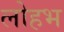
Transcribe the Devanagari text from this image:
लोहभ